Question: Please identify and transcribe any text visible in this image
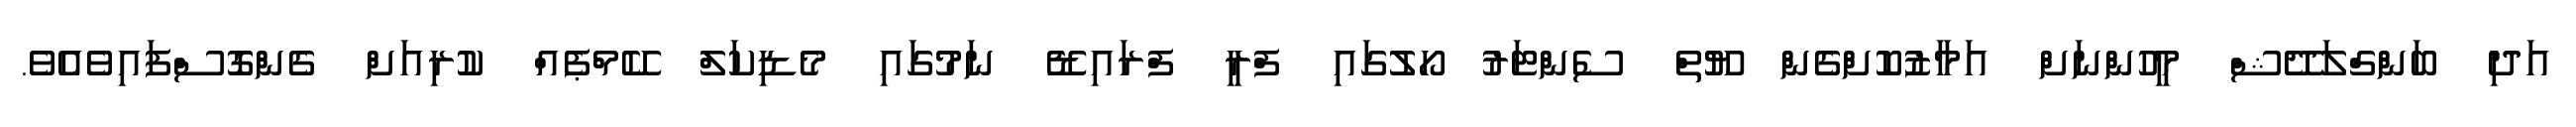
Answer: އަދި ބަންގްލަދޭޝް މީހުންނަށް އަމާޒުކޮށްގެން ޔޫތް ސެންޓަރު ހޯލުގައި ފްރީ ފްރައިޑޭ ނަމުގައި މެޑިކަލް ކޭމްޕެއް ކުރިއަށް ގެންގޮސްފައިވެއެވެ.